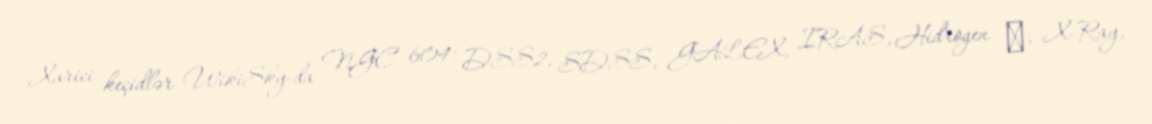
Xarici keçidlər WikiSky-da NGC 604: DSS2, SDSS, GALEX, IRAS, Hidrogen α, X-Ray,